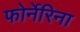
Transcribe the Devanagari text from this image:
फोर्नेरिना